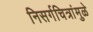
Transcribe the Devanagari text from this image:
निसर्गचित्रांमुळे